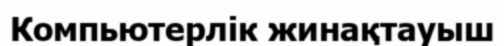
Компьютерлік жинақтауыш